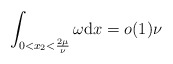
\begin{align*}\int_{0<x_{2}<\frac{2\mu}{\nu}}\omega \mathrm{d} x=o(1)\nu\end{align*}